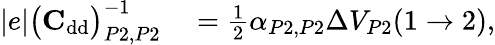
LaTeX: \begin{array}{rl}{|e|\big(\mathrm{\textbf{C}}_{\mathrm{dd}}\big)_{P2,P2}^{-1}}&{{}=\frac{1}{2}\alpha_{P2,P2}\Delta V_{P2}(1\to 2),}\end{array}